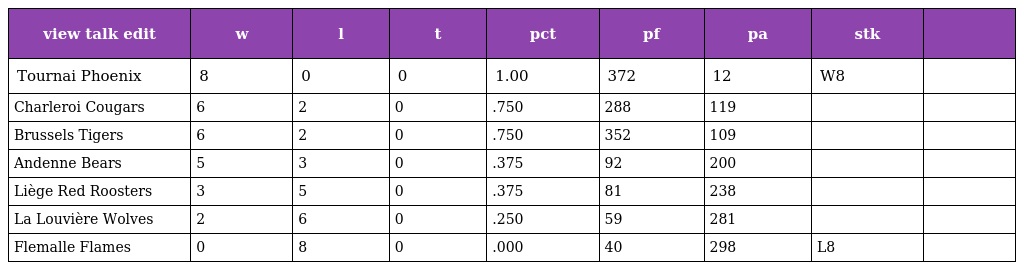
| view talk edit | w | l | t | pct | pf | pa | stk |  |
 | --- | --- | --- | --- | --- | --- | --- | --- | --- |
 | Tournai Phoenix | 8 | 0 | 0 | 1.00 | 372 | 12 | W8 |  |
 | Charleroi Cougars | 6 | 2 | 0 | .750 | 288 | 119 |  |  |
 | Brussels Tigers | 6 | 2 | 0 | .750 | 352 | 109 |  |  |
 | Andenne Bears | 5 | 3 | 0 | .375 | 92 | 200 |  |  |
 | Liège Red Roosters | 3 | 5 | 0 | .375 | 81 | 238 |  |  |
 | La Louvière Wolves | 2 | 6 | 0 | .250 | 59 | 281 |  |  |
 | Flemalle Flames | 0 | 8 | 0 | .000 | 40 | 298 | L8 |  |